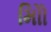
મોિો